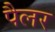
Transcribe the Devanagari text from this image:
पैलर